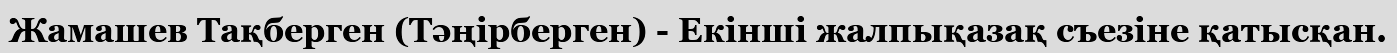
Жамашев Тақберген (Тәңірберген) - Екінші жалпықазақ съезіне қатысқан.